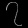
Digit: ၇